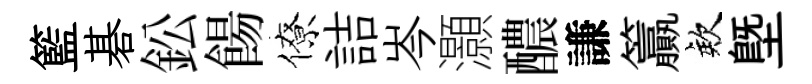
籃碁鈆餳僚詰岑灝醲謙籯欸塈